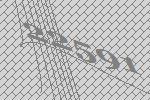
22591